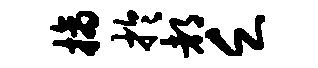
摘於都乏